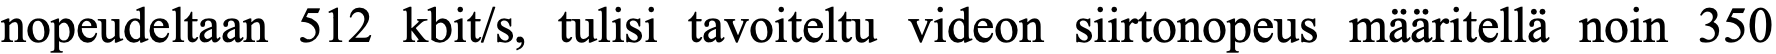
nopeudeltaan 512 kbit/s, tulisi tavoiteltu videon siirtonopeus määritellä noin 350